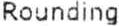
ROUNDING